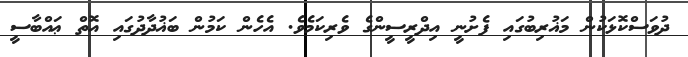
ދުވަސްކޮޅަކުން މަޣުރިބުގައި ފެށުނީ އިދްރީސީންގެ ވެރިކަމެވެ. އެހެން ކަމުން ބަޣުދާދުގައި އޮތް ޢައްބާސީ